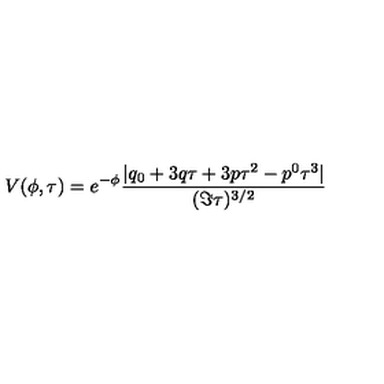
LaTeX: V ( \phi , \tau ) = e ^ { - \phi } \frac { | q _ { 0 } + 3 q \tau + 3 p \tau ^ { 2 } - p ^ { 0 } \tau ^ { 3 } | } { ( \Im \tau ) ^ { 3 / 2 } }